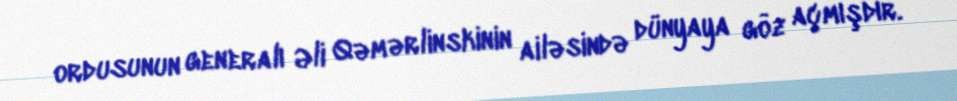
ordusunun generalı Əli Qəmərlinskinin ailəsində dünyaya göz açmışdır.